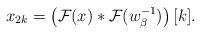
LaTeX: \begin{align*}x_{2k}=\left(\mathcal{F}(x)\ast \mathcal{F}(w_{\beta}^{-1})\right)[k].\end{align*}